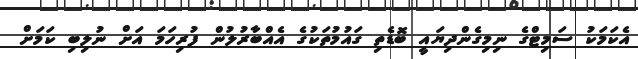
އެކަމަކު ސަމިޓްގެ ނިމިގެންދިޔައީ ބޮޑެތި ގައުމުތަކުގެ އެއްބާރުލުން ފުރިހަމަ އަށް ނުލިބި ކަމަށް